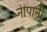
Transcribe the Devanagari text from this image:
नीपानी